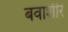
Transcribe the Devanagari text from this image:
बवाशीर